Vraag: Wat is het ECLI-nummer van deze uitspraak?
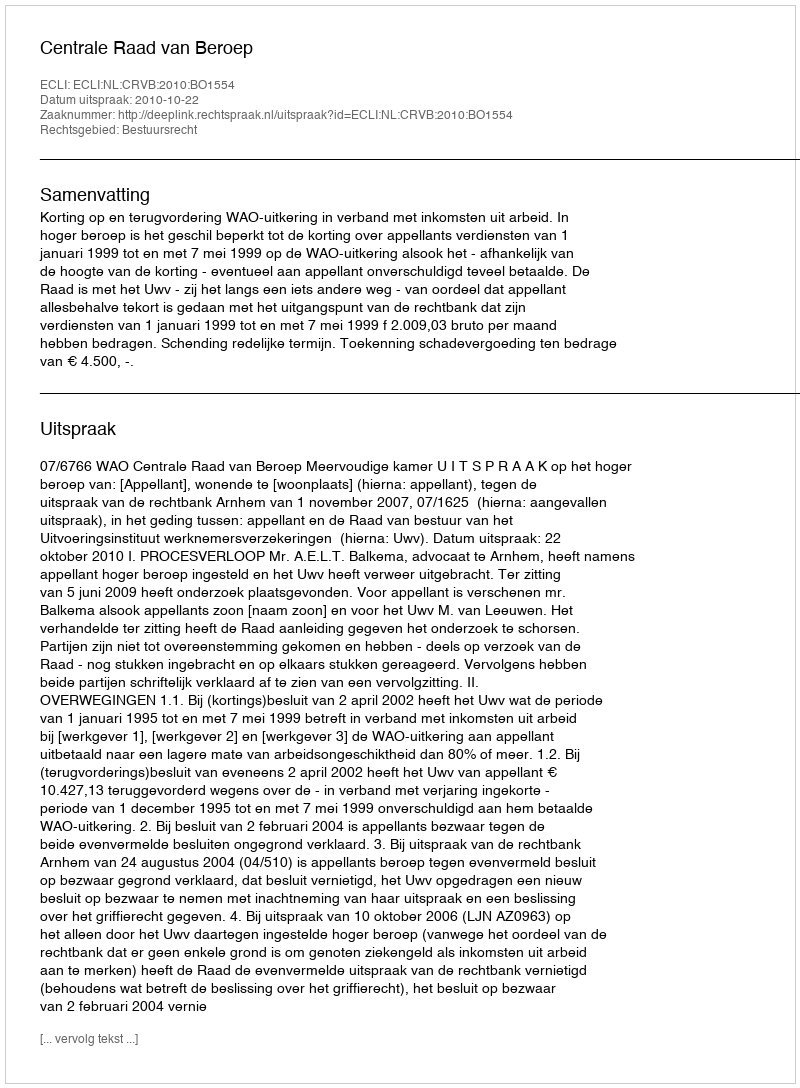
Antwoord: ECLI:NL:CRVB:2010:BO1554